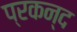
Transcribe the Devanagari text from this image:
प्रकन्द